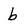
Character: b